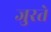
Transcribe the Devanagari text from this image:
जुरते